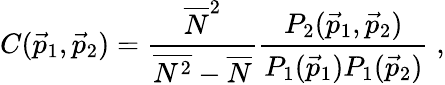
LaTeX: C({\vec{p}}_{1},{\vec{p}}_{2})=\frac{\overline{{{N}}}^{2}}{\overline{{{N^{2}}}}-\overline{{{N}}}}\frac{P_{2}({\vec{p}}_{1},{\vec{p}}_{2})}{P_{1}({\vec{p}}_{1})P_{1}({\vec{p}}_{2})}\; ,